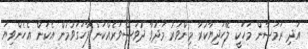
އަދި ރަމަޟާން މަހަކީ ލޭހަދިޔާކުރާ މިންވަރު މަދުވާ ދުވަސްވަރެއްކަން ފާހަގަވުމުން އެކަން އެހެންވިޔަ